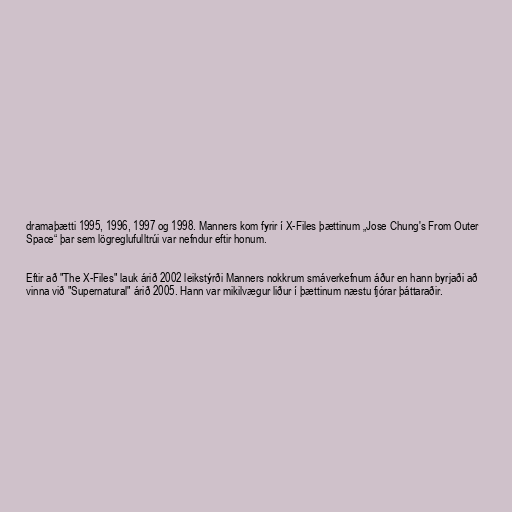
dramaþætti 1995, 1996, 1997 og 1998. Manners kom fyrir í X-Files þættinum „Jose Chung's From Outer
Space“ þar sem lögreglufulltrúi var nefndur eftir honum.

Eftir að "The X-Files" lauk árið 2002 leikstýrði Manners nokkrum smáverkefnum áður en hann byrjaði að
vinna við "Supernatural" árið 2005. Hann var mikilvægur liður í þættinum næstu fjórar þáttaraðir.